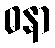
ဓနာ